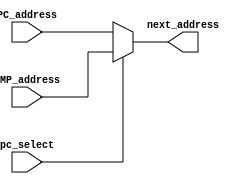
`timescale 1ns / 1ps
//////////////////////////////////////////////////////////////////////////////////
// Company: 
// Engineer: 
// 
// Design Name: 
// Module Name:    PC_select 
// Project Name: 
// Target Devices: 
// Tool versions: 
// Description: 
//
// Dependencies: 
//
// Revision: 
// Revision 0.01 - File Created
// Additional Comments: 
//
//////////////////////////////////////////////////////////////////////////////////
module PC_select(
    input [31:0] JMP_address,
    input [31:0] PC_address,
    input pc_select,
    output [31:0] next_address
    );
	 
	assign next_address = (pc_select == 1)? JMP_address : PC_address;

endmodule